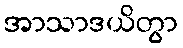
အာသာဒယိတွာ